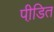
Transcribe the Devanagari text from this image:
पीडि़त